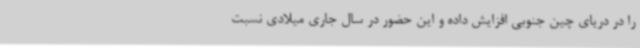
را در دریای چین جنوبی افزایش داده و این حضور در سال جاری میلادی نسبت